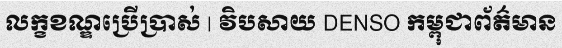
លក្ខខណ្ឌប្រើប្រាស់ | វិបសាយ DENSO កម្ពុជាព័ត៌មាន